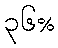
၃၆%